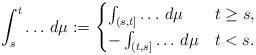
LaTeX: \begin{align*} \int_s^t \dots \, d\mu := \begin{cases} \int_{(s,t]} \dots \, d\mu & t\ge s,\\ -\int_{(t,s]} \dots \, d\mu & t<s. \end{cases}\end{align*}